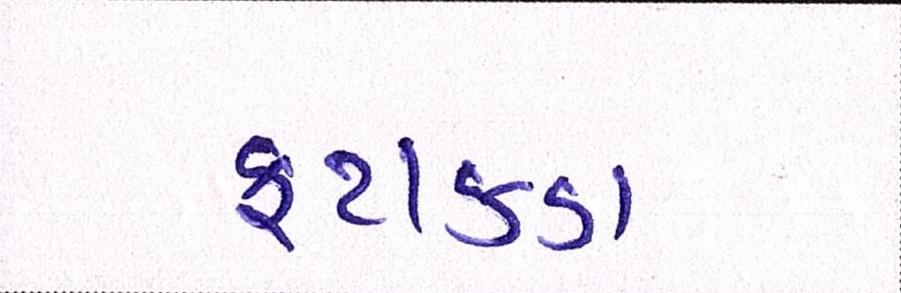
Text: ફટાકડા